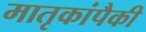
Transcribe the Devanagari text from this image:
मातृकांपैकी